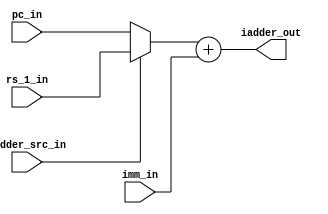
module msrv32_immediate_adder(pc_in,rs_1_in,iadder_src_in,imm_in, iadder_out);
input [31:0] pc_in,rs_1_in,imm_in;
input iadder_src_in;
output [31:0] iadder_out;
wire [31:0] w;
assign w=iadder_src_in?rs_1_in:pc_in;
assign iadder_out=w+imm_in;

endmodule